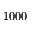
1 0 0 0